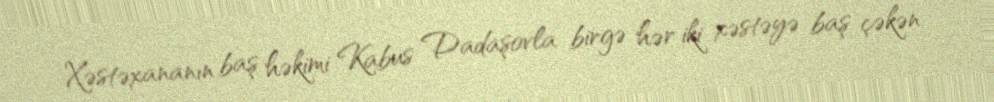
Xəstəxananın baş həkimi Kabus Dadaşovla birgə hər iki xəstəyə baş çəkən